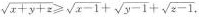
$$\sqrt{x+y+z} ≥ \sqrt{x-1}+\sqrt{y-1}+ \sqrt{z-1}$$